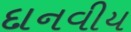
દાનવીય